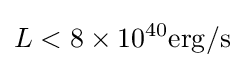
L<8\times {10}^{40}\mathrm {{erg}/s}